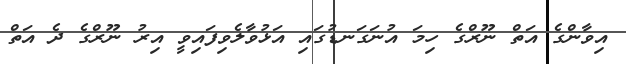
އިވާންގެ އަތް ނޫރްގެ ހިމަ އުނަގަނޑުގައި އަޅުވާލެވިފައިވީ އިރު ނޫރްގެ ދެ އަތް